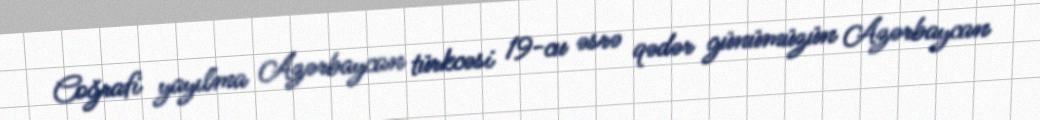
Coğrafi yayılma Azərbaycan türkcəsi 19-cu əsrə qədər günümüzün Azərbaycan